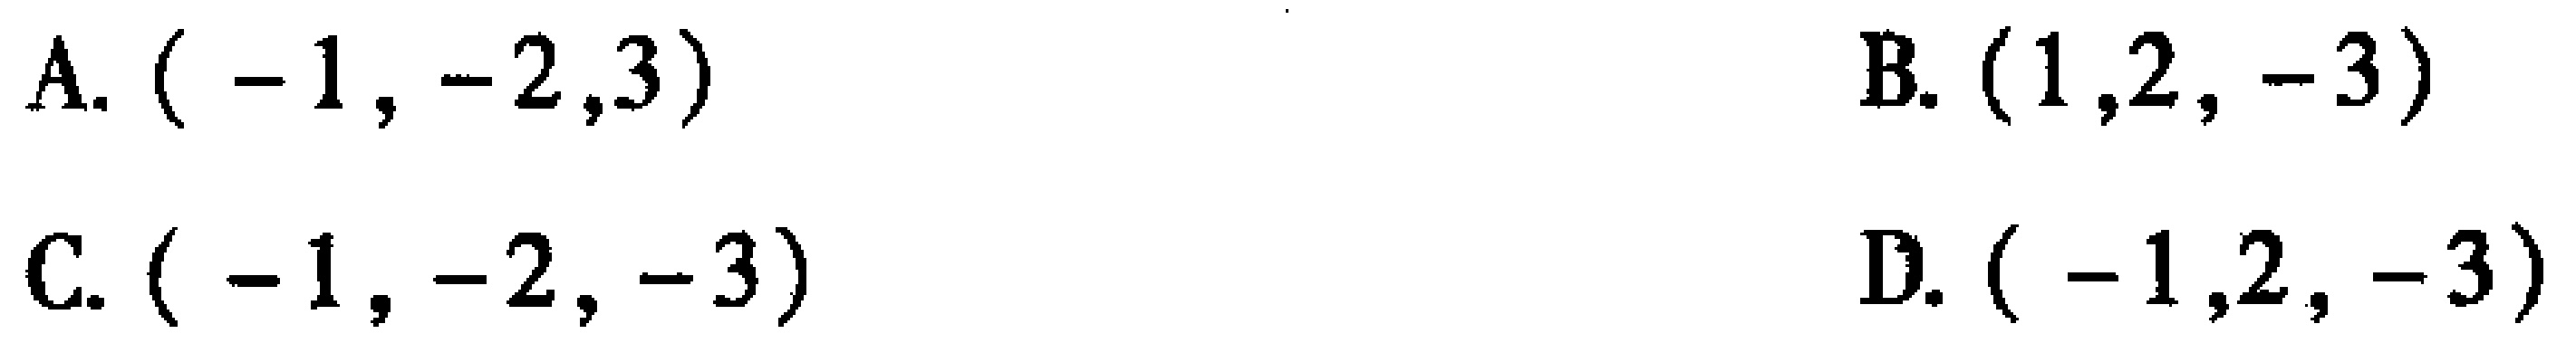
A. $(-1, -2,3)$  B. $(1,2, -3)$  C. $(-1, -2, -3)$  D. $(-1,2, -3)$